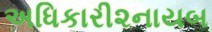
અધિકારી૨નાયબ